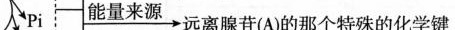
pi \xrightarrow{能量来源}远离腺苷（A）的那个特殊的化学键